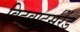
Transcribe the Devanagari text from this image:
विट्वाटर्सरेंड